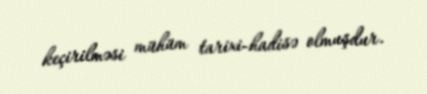
keçirilməsi mühüm tarixi-hadisə olmuşdur.